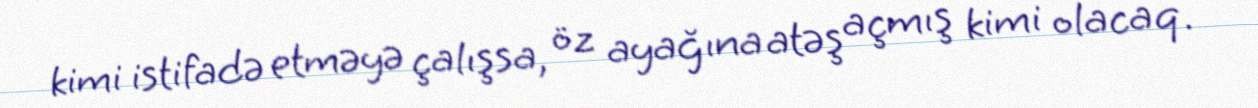
kimi istifadə etməyə çalışsa, öz ayağına atəş açmış kimi olacaq.